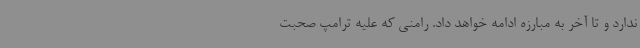
ندارد و تا آخر به مبارزه ادامه خواهد داد. رامنی که علیه ترامپ صحبت